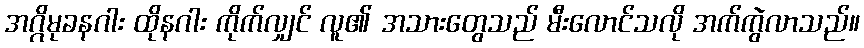
အဂ္ဂိမုခနဂါး ထိုနဂါး ကိုက်လျှင် လူ၏ အသားတွေသည် မီးလောင်သလို အက်ကွဲလာသည်။